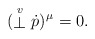
\begin{align*}(\stackrel{\scriptstyle v}{\bot }{\dot{p}})^{\hskip0.3mm\mu }=0.\end{align*}